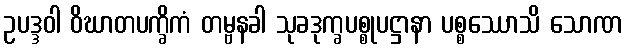
ဥပဒ္ဒဝါ ဝိဃာတပက္ခိကံ တမ္ဗနခါ သုခဒုက္ခပစ္စုပဋ္ဌာနာ ပစ္စဿောသိ သောဏ